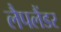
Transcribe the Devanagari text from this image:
लैपलैंडर